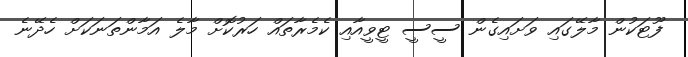
ފޫޓަކުން މާލޭގައި ވަށައިގެން ސީސީ ޓީވީއާއި ކެމެރާތައް ހަރުކޮށް މާލެ އަމާންތަނަކަށް ހެދޭނެ